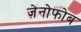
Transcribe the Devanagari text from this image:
ज़ेनोफोब